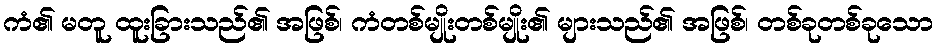
ကံ၏ မတူ ထူးခြားသည်၏ အဖြစ်၊ ကံတစ်မျိုးတစ်မျိုး၏ များသည်၏ အဖြစ်၊ တစ်ခုတစ်ခုသော